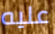
عليه